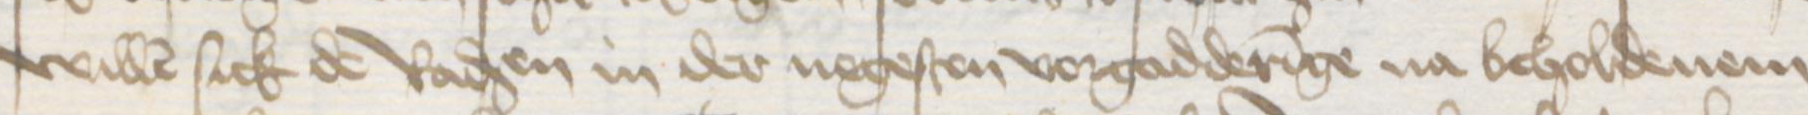
willen sick de Radsen in der negesten vorgadderinge na beholdenem